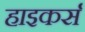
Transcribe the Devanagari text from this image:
हाइकर्स